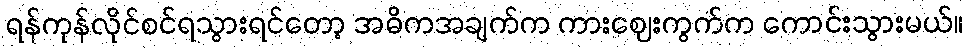
ရန်ကုန်လိုင်စင်ရသွားရင်တော့ အဓိကအချက်က ကားဈေးကွက်က ကောင်းသွားမယ်။